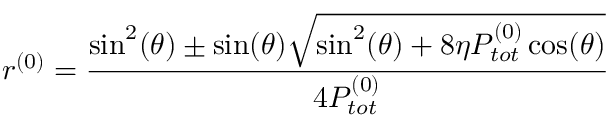
r ^ { ( 0 ) } = \frac { \sin ^ { 2 } ( \theta ) \pm \sin ( \theta ) \sqrt { \sin ^ { 2 } ( \theta ) + 8 \eta P _ { t o t } ^ { ( 0 ) } \cos ( \theta ) } } { 4 P _ { t o t } ^ { ( 0 ) } }